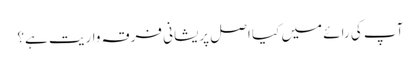
آپ کی رائے میں کیا اصل پریشانی فرقہ واریت ہے؟